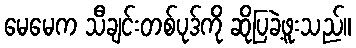
မေမေက သီချင်းတစ်ပုဒ်ကို ဆိုပြခဲ့ဖူးသည်။